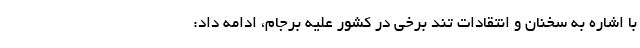
با اشاره به سخنان و انتقادات تند برخی در کشور علیه برجام، ادامه داد: